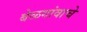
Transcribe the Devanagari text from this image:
बेळगांवाचे